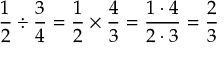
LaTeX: { \frac { 1 } { 2 } } \div { \frac { 3 } { 4 } } = { \frac { 1 } { 2 } } \times { \frac { 4 } { 3 } } = { \frac { 1 \cdot 4 } { 2 \cdot 3 } } = { \frac { 2 } { 3 } }